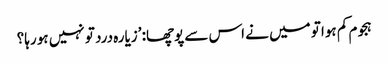
ہجوم کم ہوا تو میں نے اس سے پوچھا: ’زیارہ درد تو نہیں ہو رہا؟